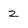
Character: z